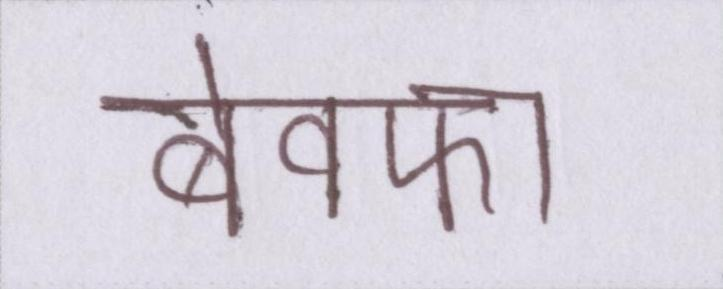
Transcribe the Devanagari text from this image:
बेवफा